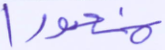
منصورا